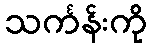
သင်္ကန်းကို